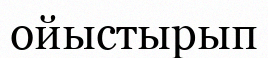
ойыстырып